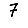
Digit: 7